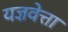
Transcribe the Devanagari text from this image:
यज्ञवेत्ता